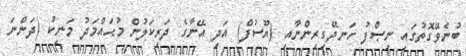
ބުނެވޭގޮތުގައި ނިޞްފު ހަނދޭގިރިންނާއި (ޔޫސުފް) އަދި އޭނާގެ ދަރިކަލުން މުޙައްމަދު މަނިކު (ދަންނަ